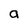
Character: a